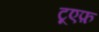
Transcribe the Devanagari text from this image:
टूएफ़